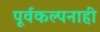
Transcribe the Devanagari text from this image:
पूर्वकल्पनाही